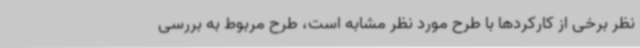
نظر برخی از کارکردها با طرح مورد نظر مشابه است، طرح مربوط به بررسی